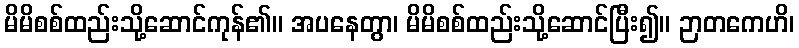
မိမိစစ်ထည်းသို့ဆောင်ကုန်၏။ အပနေတွာ၊ မိမိစစ်ထည်းသို့ဆောင်ပြီး၍။ ဉာတကေဟိ၊